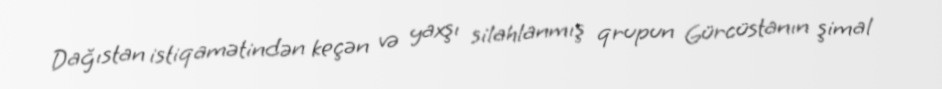
Dağıstan istiqamətindən keçən və yaxşı silahlanmış qrupun Gürcüstanın şimal